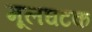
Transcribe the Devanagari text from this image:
मूलघटक